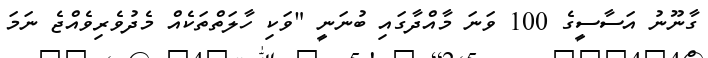
ގާނޫނު އަސާސީގެ 100 ވަނަ މާއްދާގައި ބުނަނީ "ވަކި ހާލަތްތަކެއް މެދުވެރިވެއްޖެ ނަމަ